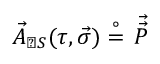
\vec { A } _ { \perp S } ( \tau , \vec { \sigma } ) \stackrel { \circ } { = } \, { \vec { \vec { P } } }